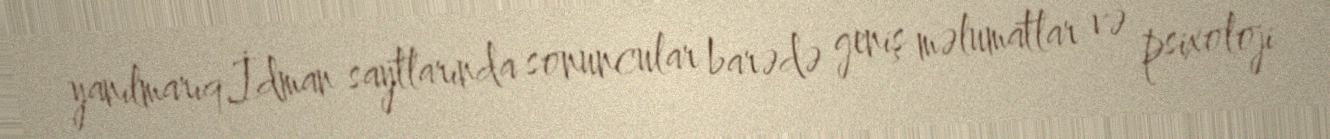
yanılmarıq.İdman saytlarında sonuncular barədə geniş məlumatlar və psixoloji